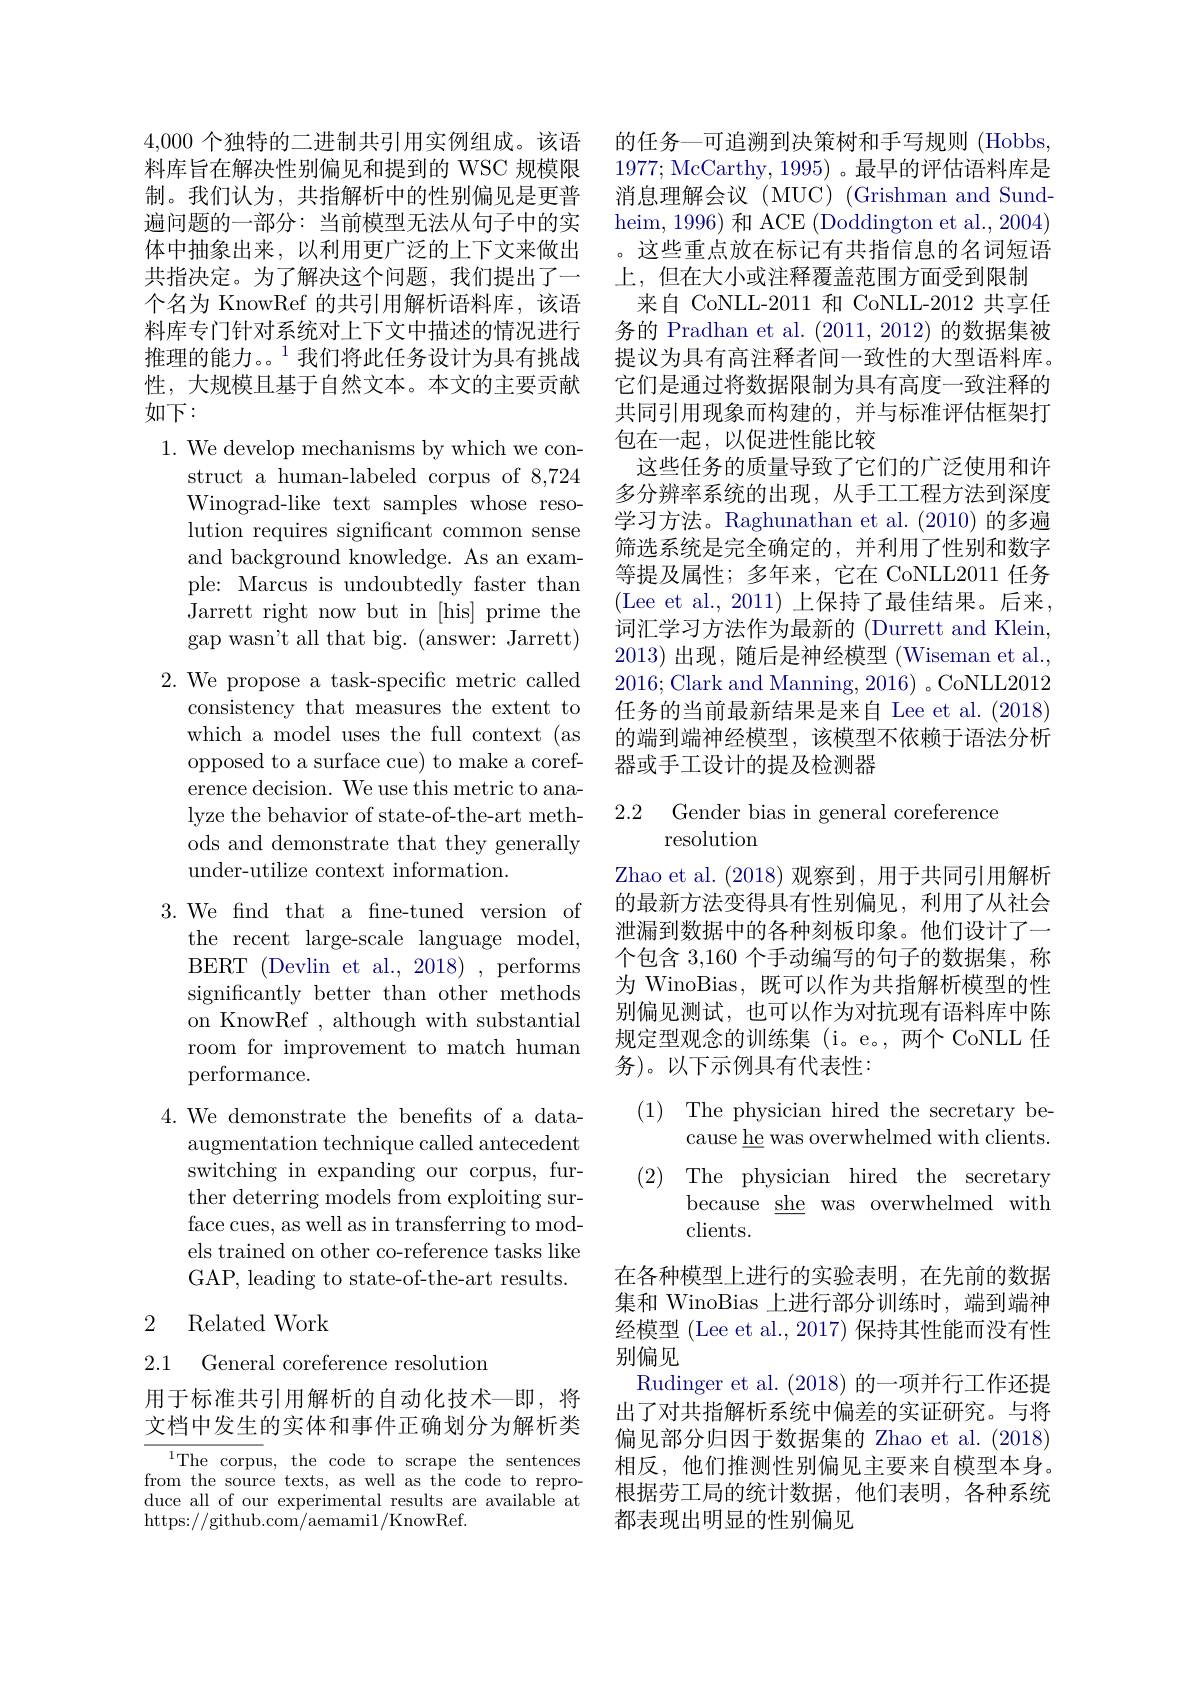
4,000个独特的二进制共引用实例组成。该语料库旨在解决性别偏见和提到的 WSC 规模限制。我们认为，共指解析中的性别偏见是更普遍问题的一部分：当前模型无法从句子中的实体中抽象出来，以利用更广泛的上下文来做出共指决定。为了解决这个问题，我们提出了一个名为 KnowRef 的共引用解析语料库，该语料库专门针对系统对上下文中描述的情况进行推理的能力。。$^1$我们将此任务设计为具有挑战性，大规模且基于自然文本。本文的主要贡献如下：

1. We develop mechanisms by which we con-
struct a human-labeled corpus of 8,724 Winograd-like text samples whose resolution requires significant common sense and background knowledge. As an example: Marcus is undoubtedly faster than Jarrett right now but in [his] prime the gap wasn't all that big. (answer: Jarrett)
2. We propose a task-specific metric called
consistency that measures the extent to which a model uses the full context (as opposed to a surface cue) to make a coreference decision. We use this metric to analyze the behavior of state-of-the-art methods and demonstrate that they generally under-utilize context information.
3. We find that a fine-tuned version of
the recent large-scale language model,

BERT (Devlin et al., 2018) , performs significantly better than other methods on KnowRef , although with substantial room for improvement to match human performance.

4. We demonstrate the benefits of a data-
augmentation technique called antecedent switching in expanding our corpus, further deterring models from exploiting surface cues, as well as in transferring to models trained on other co-reference tasks like GAP, leading to state-of-the-art results.

## 2 Related Work

2.1 General coreference resolution

用于标准共引用解析的自动化技术—即，将文档中发生的实体和事件正确划分为解析类

$\overline{{^{1}\mathrm{The~corpu}}}$s, the code to scrape the sentences from the source texts, as well as the code to reproduce all of our experimental results are available at https://github.com/aemami1/KnowRef.

的任务—可追溯到决策树和手写规则(Hobbs, 1977; McCarthy, 1995) 。最早的评估语料库是消息理解会议 (MUC) (Grishman and Sundheim, 1996) 和 ACE (Doddington et al., 2004) 。这些重点放在标记有共指信息的名词短语上，但在大小或注释覆盖范围方面受到限制
来自 CoNLL-2011 和 CoNLL-2012 共享任务的 Pradhan et al. (2011,2012)的数据集被提议为具有高注释者间一致性的大型语料库。它们是通过将数据限制为具有高度一致注释的共同引用现象而构建的，并与标准评估框架打包在一起，以促进性能比较
这些任务的质量导致了它们的广泛使用和许多分辨率系统的出现，从手工工程方法到深度学习方法。Raghunathan et al. (2010) 的多遍筛选系统是完全确定的，并利用了性别和数字等提及属性；多年来，它在 CoNLL2011 任务(Lee et al., 2011)上保持了最佳结果。后来， 词汇学习方法作为最新的 (Durrett and Klein, 2013)出现，随后是神经模型 (Wiseman et al. 2016;Clark and Manning, 2016) 。CoNLL2012任务的当前最新结果是来自 Lee et al.(2018) 的端到端神经模型，该模型不依赖于语法分析器或手工设计的提及检测器

2.2 Gender bias in general coreference
## resolution

Zhao et al. (2018)观察到，用于共同引用解析的最新方法变得具有性别偏见，利用了从社会泄漏到数据中的各种刻板印象。他们设计了一个包含3，160个手动编写的句子的数据集，称为 WinoBias, 既可以作为共指解析模型的性别偏见测试，也可以作为对抗现有语料库中陈规定型观念的训练集 (i。e。,两个 CoNLL 任务)。以下示例具有代表性：

(1) The physician hired the secretary be-

cause he was overwhelmed with clients.

(2) The physician hired the secretary

because $\underline {\mathrm{she}}$ was overwhelmed with

clients.

在各种模型上进行的实验表明，在先前的数据集和 WinoBias 上进行部分训练时，端到端神经模型 (Lee et al., 2017) 保持其性能而没有性别偏见
Rudinger et al. (2018)的一项并行工作还提出了对共指解析系统中偏差的实证研究。与将偏见部分归因于数据集的 Zhao et al.(2018) 相反，他们推测性别偏见主要来自模型本身。根据劳工局的统计数据，他们表明，各种系统都表现出明显的性别偏见